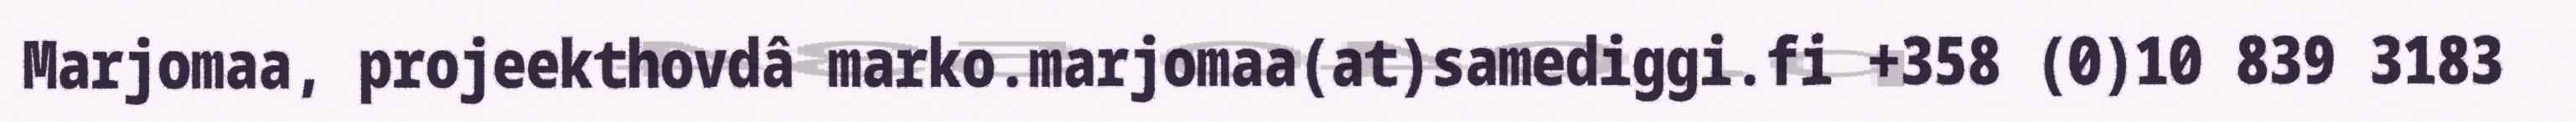
Marjomaa, projeekthovdâ marko.marjomaa(at)samediggi.fi +358 (0)10 839 3183